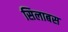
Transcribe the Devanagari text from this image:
सिलाबस